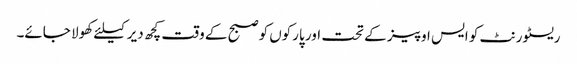
ریسٹورنٹ کو ایس او پیز کے تحت اور پارکوں کوصبح کے وقت کچھ دیر کیلئے کھولا جائے۔